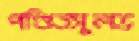
পণ্ডিতসুলভ